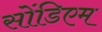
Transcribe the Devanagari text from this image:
सोंडिएम